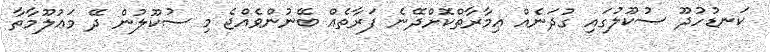
ކަނޑުހުދޫ ސުކޫލުގައި ގުދަނެއް ޢިމާރާތްކޮށްދޭނެ ފަރާތެއް ބޭނުންވެއްޖެ މި ސުކޫލުން ދޭ މަޢުލޫމާތާ